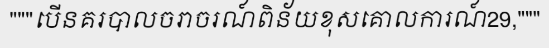
"""បើនគរបាលចរាចរណ៍ពិន័យខុសគោលការណ៍29,"""